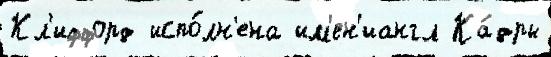
Кл'иффорд испо́лн'ена им'ен'иангл Ка́дры